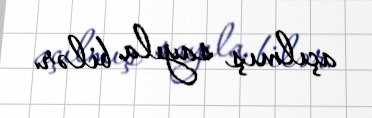
açılmış sayıla bilər.